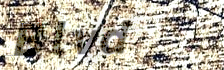
Blvd